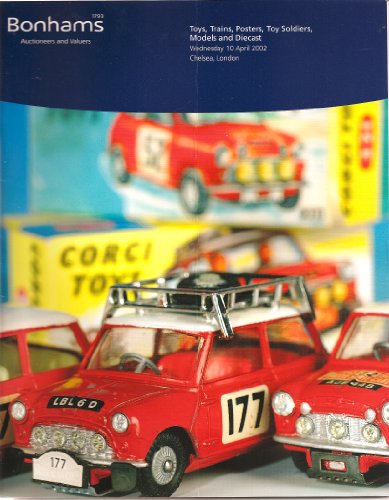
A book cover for Toys, Trains, Posters, Toy Soldiers, Models and Diecast (Auction catalogue Wednesday 10 April 2002, Chelsea, London); Bonham's Auctioneers; Crafts, Hobbies & Home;